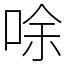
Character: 唋